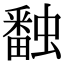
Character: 𧑪